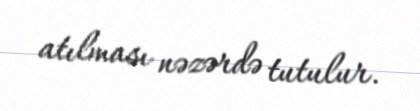
atılması nəzərdə tutulur.